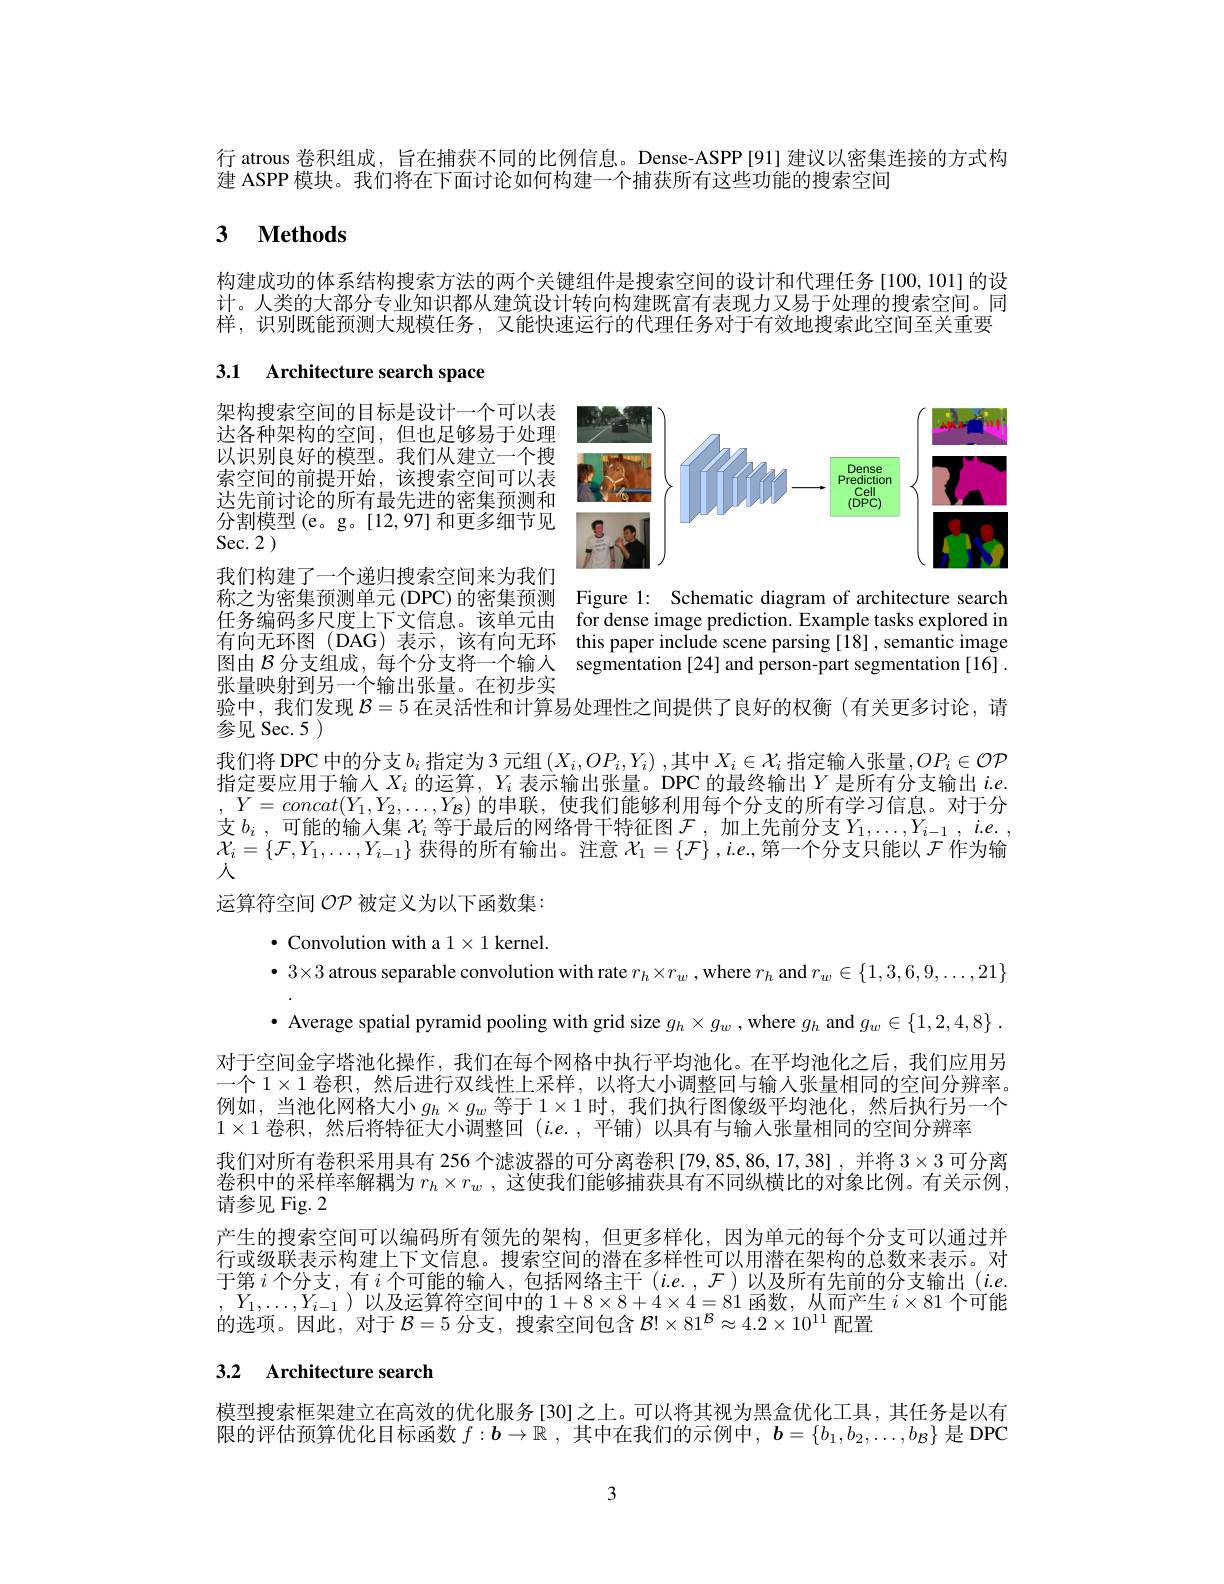
行 atrous 卷积组成，旨在捕获不同的比例信息。Dense-ASPP[91] 建议以密集连接的方式构
建 ASPP 模块。我们将在下面讨论如何构建一个捕获所有这些功能的搜索空间

# 3 $\textbf{Methods}$

构建成功的体系结构搜索方法的两个关键组件是搜索空间的设计和代理任务 [100,101]的设计。人类的大部分专业知识都从建筑设计转向构建既富有表现力又易于处理的搜索空间。同样，识别既能预测大规模任务，又能快速运行的代理任务对于有效地搜索此空间至关重要

# 3.1 Architecture search space

<FigureHere>

架构搜索空间的目标是设计一个可以表达各种架构的空间，但也足够易于处理以识别良好的模型。我们从建立一个搜索空间的前提开始，该搜索空间可以表达先前讨论的所有最先进的密集预测和分割模型(e。g。[12,97] 和更多细节见Sec. 2
我们构建了一个递归搜索空间来为我们称之为密集预测单元(DPC)的密集预测任务编码多尺度上下文信息。该单元由 for dense image prediction. Example tasks explored in 有向无环图 (DAG) 表示，该有向无环 this paper include scene parsing[18], semantic image 图由$\mathcal{B}$分支组成，每个分支将一个输入 segmentation[24]and person-part segmentation[16]. 张量映射到另一个输出张量。在初步实
验中，我们发现$\mathcal{B}=5$在灵活性和计算易处理性之间提供了良好的权衡(有关更多讨论，请

Figure 1: Schematic diagram of architecture search

运算符空间 OP 被定义为以下函数集：

参见 Sec. 5 )
我们将 DPC 中的分支$b_i$指定为 3 元组$(X_i,OP_i,Y_i)$ ,其中$X_i\in\mathcal{X}_i$指定输人张量$,OP_i\in\mathcal{OP}$ 指定要应用于输入$X_i$的运算，$Y_i$表示输出张量。DPC 的最终输出$Y$是所有分支输出$i.e.$ $,Y=concat(Y_1,Y_2,\ldots,Y_B)$ 的串联，使我们能够利用每个分支的所有学习信息。对于分支$b_i$,可能的输入集$\mathcal{X}_i$等于最后的网络骨干特征图$\mathcal{F}$,加上先前分支$Y_1,\ldots,Y_{i-1},ie.$ $\mathcal{X}_i=\left\{\mathcal{F},Y_1,\ldots,Y_{i-1}\right\}$获得的所有输出。注意$\mathcal{X}_1=\left\{\mathcal{F}\right\},i.e.$,第一个分支只能以$\mathcal{F}$作为输入
$\bullet$ Convolution with a $1\times1$ kernel.
$\bullet$ $3\times 3$ atrous separable convolution with rate $r_{h}\times r_{w}$ ,where $r_h$ and $r_w\in\{1,3,6,9,\ldots,21\}$ $\cdot$ Average spatial pyramid pooling with grid size $g_h\times g_w$ ,where $g_h$ and $g_w\in\{1,2,4,8\}.$
对于空间金字塔池化操作，我们在每个网格中执行平均池化。在平均池化之后，我们应用另一个$1\times1$卷积，然后进行双线性上采样，以将大小调整回与输入张量相同的空间分辨率。例如，当池化网格大小$g_h\times g_w$等于$1\times1$时，我们执行图像级平均池化，然后执行另一个$1\times1$卷积，然后将特征大小调整回$(i.e.$,平铺)以具有与输入张量相同的空间分辨率
我们对所有卷积采用具有 256 个滤波器的可分离卷积[79,85,86,17,38] ,并将$3\times3$可分离卷积中的采样率解耦为$r_h\times r_w$ , 这使我们能够捕获具有不同纵横比的对象比例。有关示例， 请参见 Fig. 2
产生的搜索空间可以编码所有领先的架构，但更多样化，因为单元的每个分支可以通过并行或级联表示构建上下文信息。搜索空间的潜在多样性可以用潜在架构的总数来表示。对于第$i$个分支，有$i$个可能的输入，包括网络主干$(i.e.,\mathcal{F})$以及所有先前的分支输出$(i.e.$ $,Y_1,\ldots,Y_{i-1}$ )以及运算符空间中的$1+8\times8+4\times4=81$函数，从而产生$i\times81$个可能的选项。因此，对于$\mathcal{B}=5$分支，搜索空间包含$\mathcal{B}!\times81^\mathcal{B}\approx4.2\times10^{11}$配置
3.2 Architecture search

模型搜索框架建立在高效的优化服务[30]之上。可以将其视为黑盒优化工具，其任务是以有限的评估预算优化目标函数$f: \boldsymbol{b}\to \mathbb{R}$ , 其中在我们的示例中，$\boldsymbol{b}=\{b_1,b_2,\ldots,b_B\}$是 DPC

3